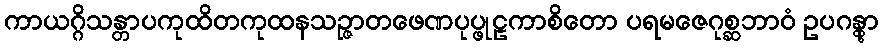
ကာယဂ္ဂိသန္တာပကုထိတကုထနသဉ္ဇာတဖေဏပုပ္ဖုဠကာစိတော ပရမဇေဂုစ္ဆဘာဝံ ဥပဂန္တွာ